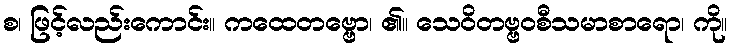
စ၊ ဖြင့်လည်းကောင်း။ ကထေတဗ္ဗော၊ ၏။ သေဝိတဗ္ဗဝစီသမာစာရော၊ ကို။